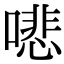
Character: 𠾦